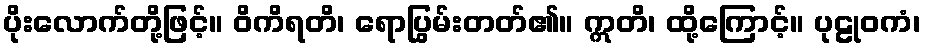
ပိုးလောက်တို့ဖြင့်။ ဝိကိရတိ၊ ရောပြွမ်းတတ်၏။ ဣတိ၊ ထို့ကြောင့်။ ပုဠုဝကံ၊